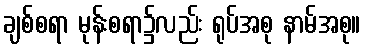
ချစ်စရာ မုန်းစရာ၌လည်း ရုပ်အစု နာမ်အစု။